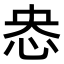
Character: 𢘲